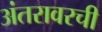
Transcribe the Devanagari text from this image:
अंतरावरची